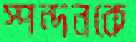
স্পন্দনকে